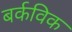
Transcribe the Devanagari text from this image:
बर्कविक